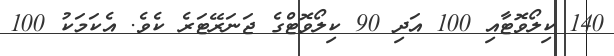
140 ކިލޯވޮޓާއި 100 އަދި 90 ކިލޯވޮޓްގެ ޖަނަރޭޓަރެ ކެވެ. އެކަމަކު 100